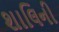
શાલિની